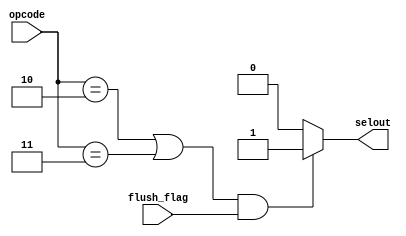
module pcsel_gen2(opcode,flush_flag,selout);
  input [5:0] opcode;
  input flush_flag;
  output selout;
  reg selout;
  
   always @(opcode , flush_flag)
  begin
    if ((opcode == 6'b000010 || opcode == 6'b000011) && flush_flag == 1'b1) begin
      selout = 1'b1;
    end
    else begin
      selout = 1'b0;
    end
  end
endmodule